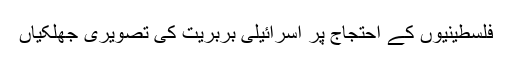
فلسطینیوں کے احتجاج پر اسرائیلی بربریت کی تصویری جھلکیاں